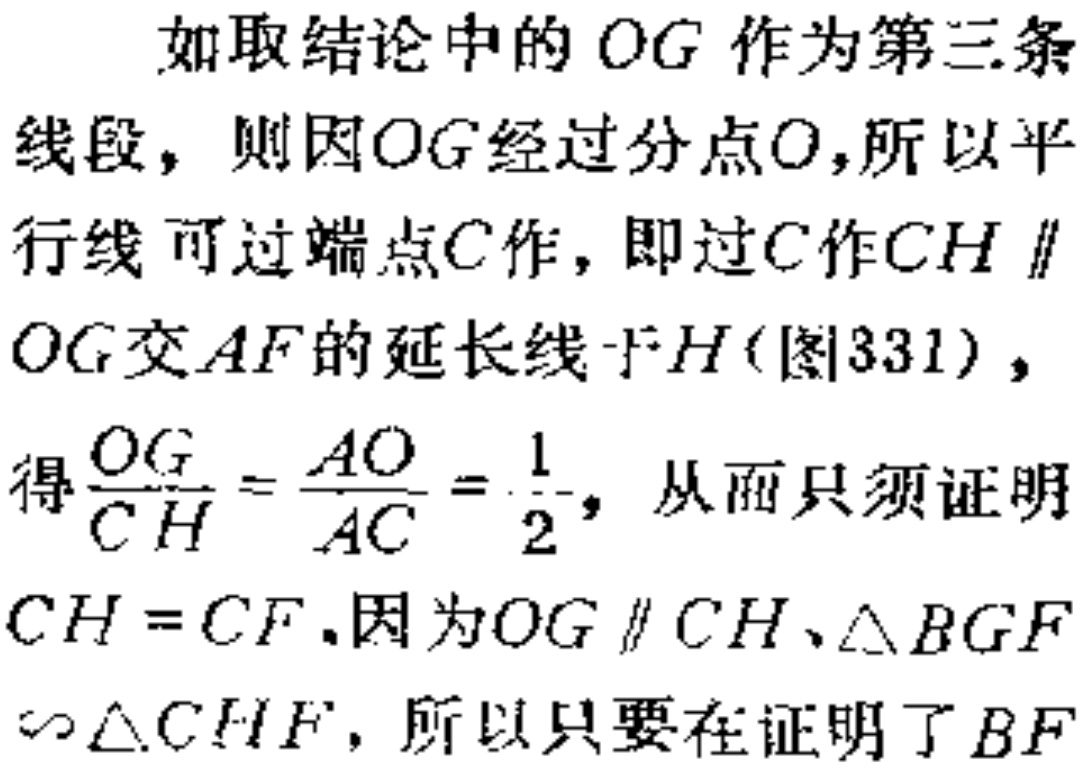
如取结论中的 \(OG\) 作为第三条
线段，则因 \(OG\) 经过分点 \(O\)，所以平
行线可过端点 \(C\) 作，即过 \(C\) 作 \(CH \parallel\)
\(OG\) 交 \(AF\) 的延长线于 \(H\) (图331)，
得 \(\frac{OG}{CH}=\frac{AO}{AC}=\frac{1}{2}\)，从而只须证明
\(CH = CF\)。因为 \(OG \parallel CH\)、\(\triangle BGF\)
\(\backsim \triangle CHF\)，所以只要在证明了 \(BF\)